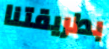
بطريقتنا